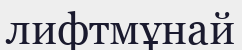
лифтмұнай